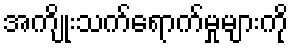
အကျိုးသက်ရောက်မှုများကို